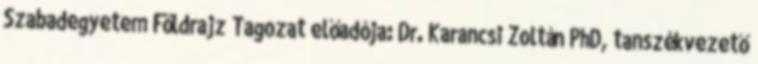
Szabadegyetem Földrajz Tagozat előadója: Dr. Karancsi Zoltán PhD, tanszékvezető